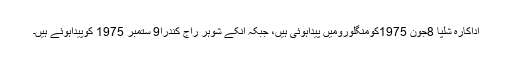
اداکارہ شلپا 8جون 1975کومنگلورومیں پیداہوئی ہیں، جبکہ انکے شوہر راج کندرا9 ستمبر 1975 کوپیداہوئے ہیں۔